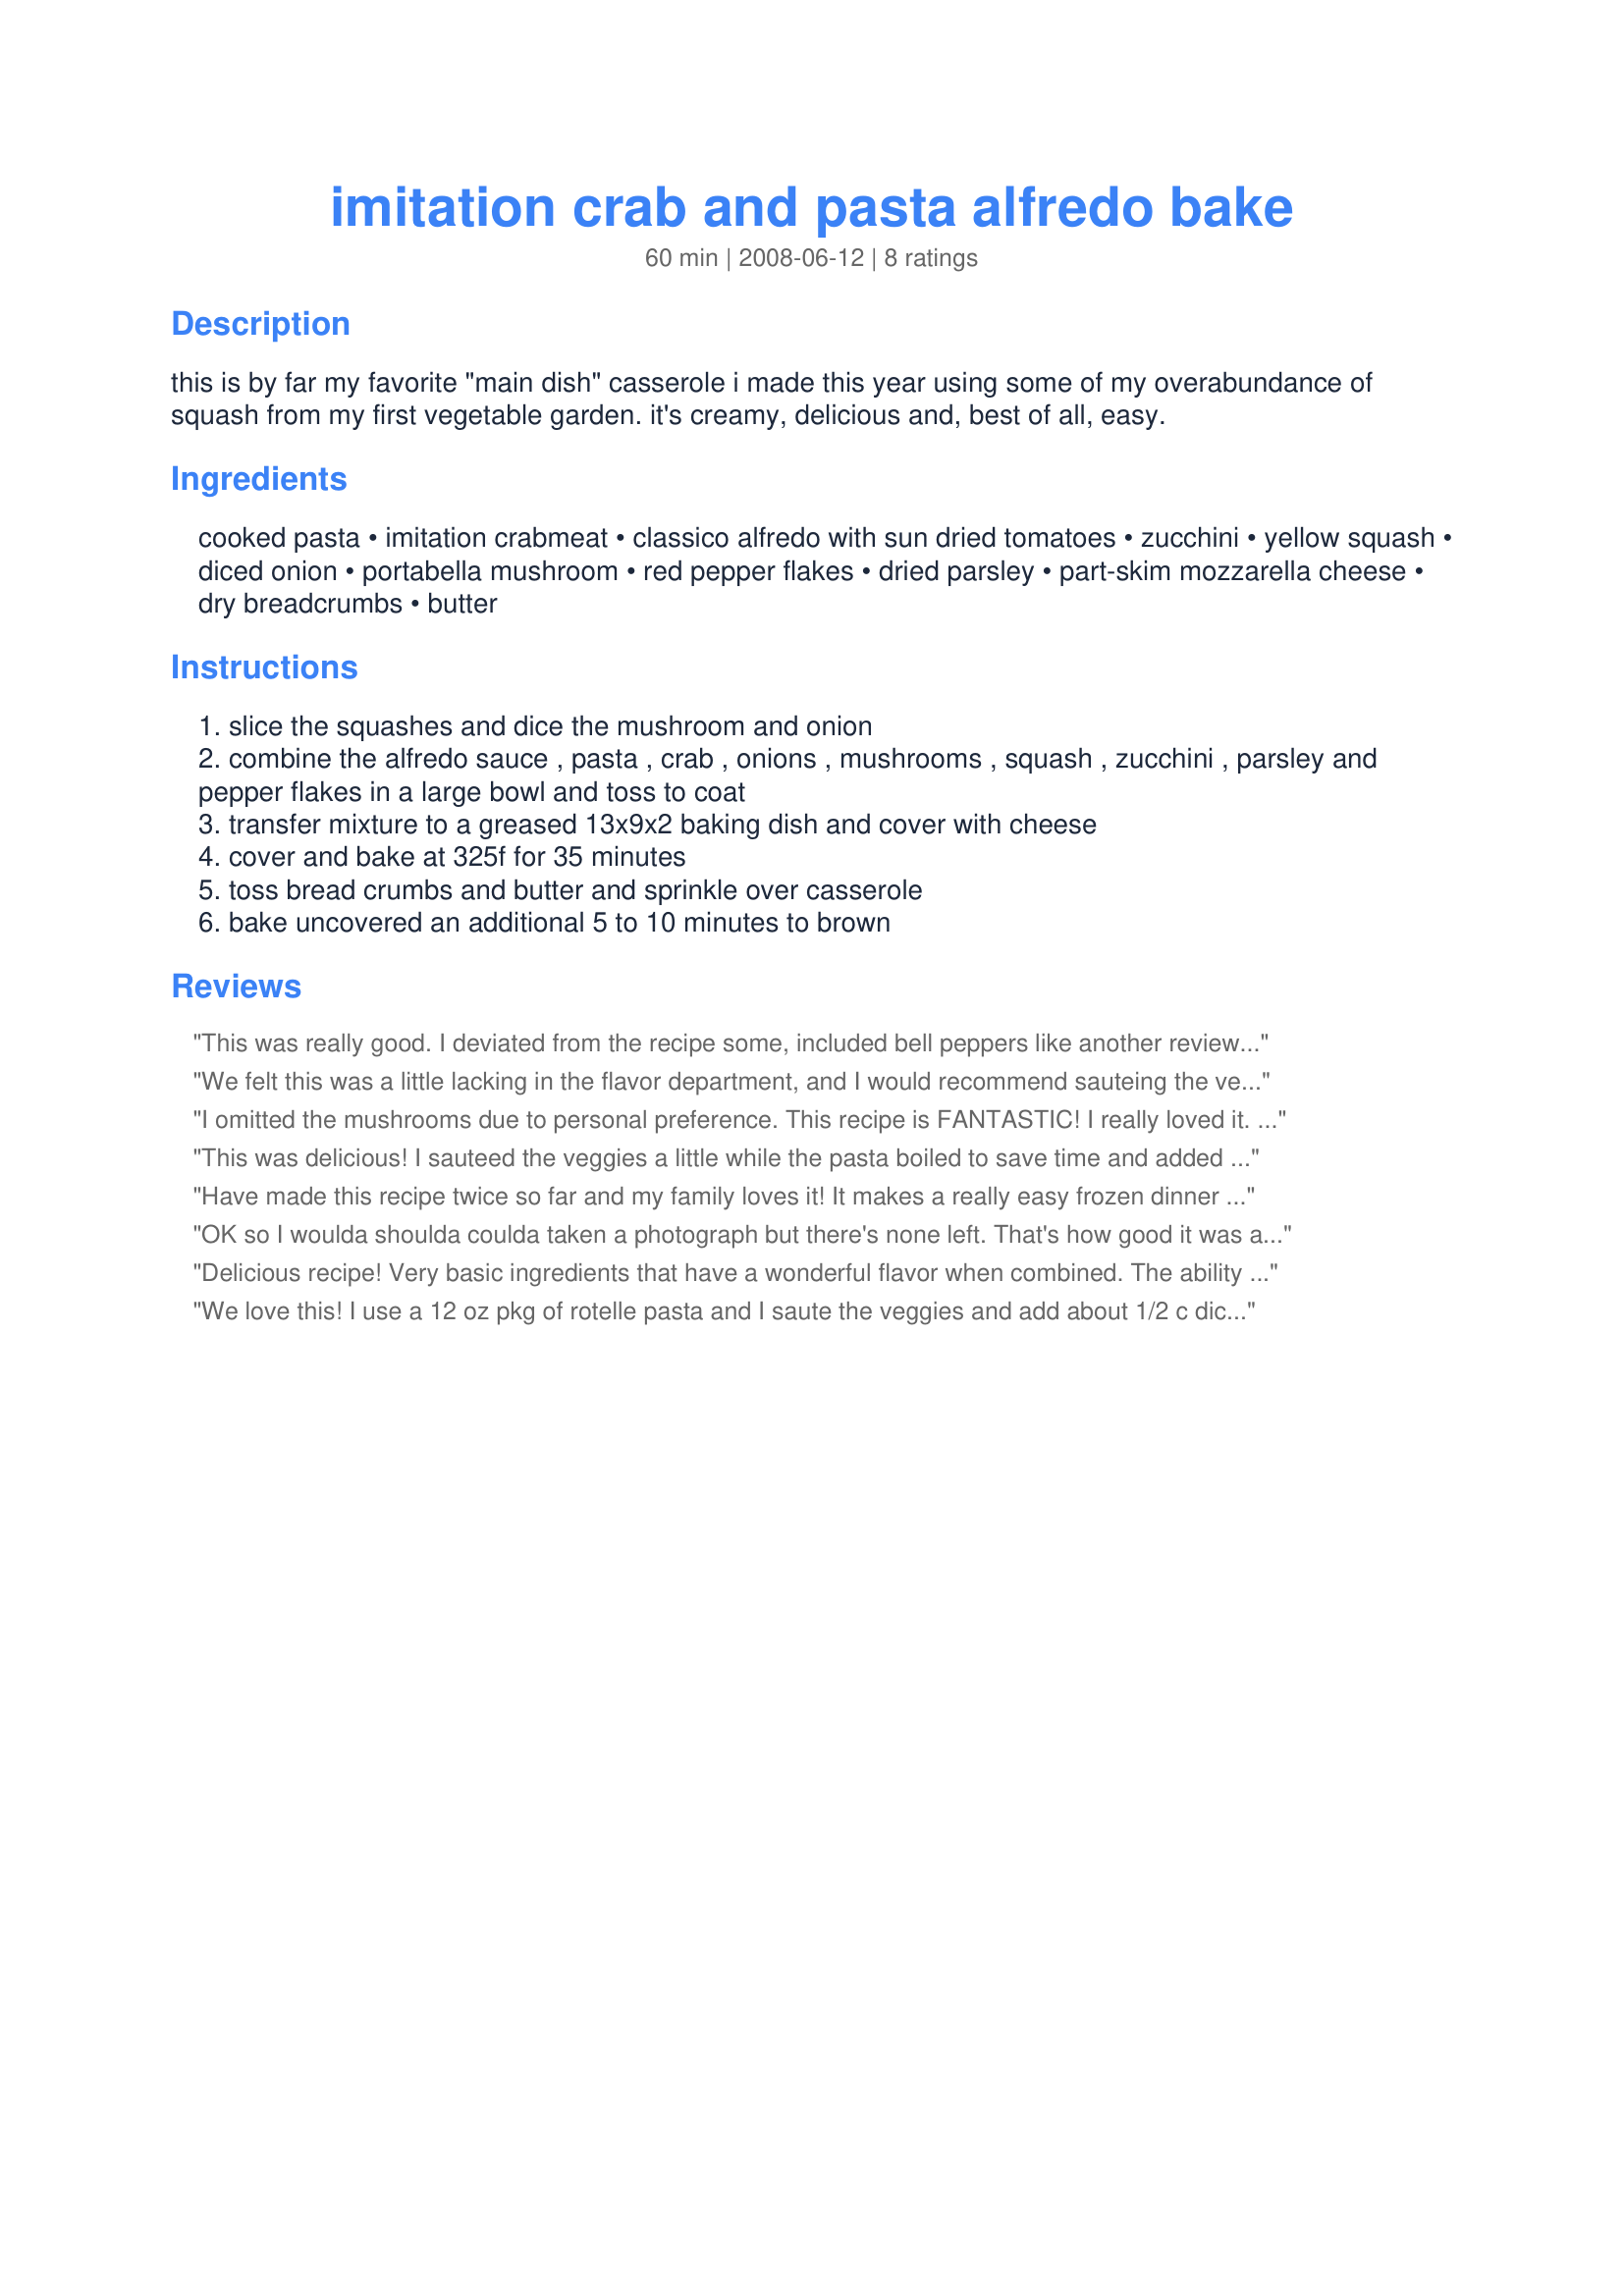
imitation crab and pasta alfredo bake
Preparation time: 60 minutes

this is by far my favorite "main dish" casserole i made this year using some of my overabundance of squash from my first vegetable garden. it's creamy, delicious and, best of all, easy.

Ingredients:
cooked pasta, imitation crabmeat, classico alfredo with sun dried tomatoes, zucchini, yellow squash, diced onion, portabella mushroom, red pepper flakes, dried parsley, part-skim mozzarella cheese, dry breadcrumbs, butter

Steps:
slice the squashes and dice the mushroom and onion
combine the alfredo sauce , pasta , crab , onions , mushrooms , squash , zucchini , parsley and pepper flakes in a large bowl and toss to coat
transfer mixture to a greased 13x9x2 baking dish and cover with cheese
cover and bake at 325f for 35 minutes
toss bread crumbs and butter and sprinkle over casserole
bake uncovered an additional 5 to 10 minutes to brown

Reviews:
This was really good. I deviated from the recipe some, included bell peppers like another reviewer suggested. I'm not sure if I added bread crumbs or dried parsley but I know that the richer flavors in this bake would probably mask their presence anyway. I'm not into spicy stuff so I left out the red pepper flakes. I worried that the flavors wouldn't come out but they all complemented each other very well. Gonna make it again tonight.
We felt this was a little lacking in the flavor department, and I would recommend sauteing the veggies, if you don&#039;t they will be rather on the crunchy side.
I omitted the mushrooms due to personal preference. This recipe is FANTASTIC! I really loved it. Thank you! I think next time I&#039;ll add more veggies I like just for fun.
This was delicious! I sauteed the veggies a little while the pasta boiled to save time and added a little lemon pepper. Definitely will have again.
Have made this recipe twice so far and my family loves it! 
It makes a really easy frozen dinner too, which is convienient for a family on the go.
The first time I made this I did exactly as recipe stated and it was really good.
The second time I made this I did not have mozzarella cheese on hand, so I substituted a montery jack/colby blend. I also only added yellow squash. It was awesome! 
Thanks for sharing this recipe-I will be glad to have it for the upcoming cold winter nights!
OK so I woulda shoulda coulda taken a photograph but there's none left. That's how good it was and so super easy. Thanks for a great time saver after a long day at work!
Delicious recipe! Very basic ingredients that have a wonderful flavor when combined. The ability to prep ahead of time, and yummy leftovers have made this a quick favorite in my home. <br/><br/>Also, I enjoy the flexibility. Add a diced jalepeno for kick, or shrimp for additional meat, or any other veggies you can find. This will definitely be a frequent dinner for us!
We love this! I use a 12 oz pkg of rotelle pasta and I saute the veggies and add about 1/2 c diced red bell pepper. It divides between 2 8" pans and freezes like a dream for OAMC cooking.
